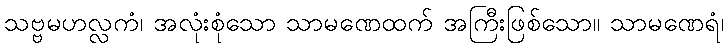
သဗ္ဗမဟလ္လကံ၊ အလုံးစုံသော သာမဏေထက် အကြီးဖြစ်သော။ သာမဏေရံ၊